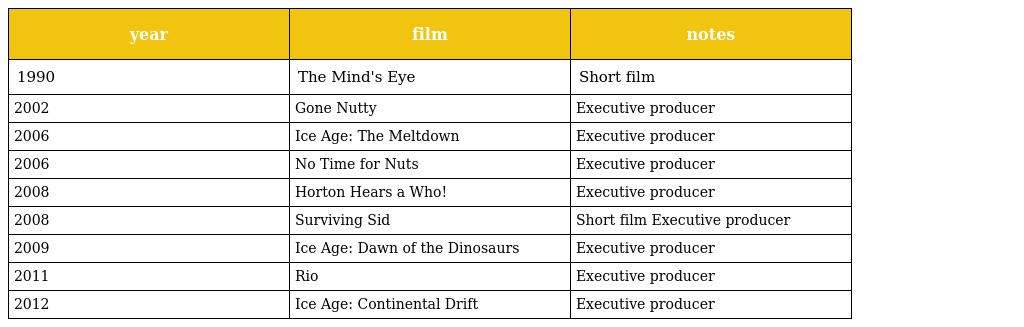
| year | film | notes |
 | --- | --- | --- |
 | 1990 | The Mind's Eye | Short film |
 | 2002 | Gone Nutty | Executive producer |
 | 2006 | Ice Age: The Meltdown | Executive producer |
 | 2006 | No Time for Nuts | Executive producer |
 | 2008 | Horton Hears a Who! | Executive producer |
 | 2008 | Surviving Sid | Short film Executive producer |
 | 2009 | Ice Age: Dawn of the Dinosaurs | Executive producer |
 | 2011 | Rio | Executive producer |
 | 2012 | Ice Age: Continental Drift | Executive producer |